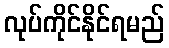
လုပ်ကိုင်နိုင်ရမည်